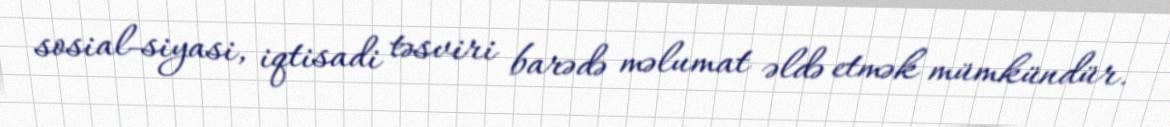
sosial-siyasi, iqtisadi təsviri barədə məlumat əldə etmək mümkündür.